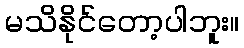
မသိနိုင်တော့ပါဘူး။